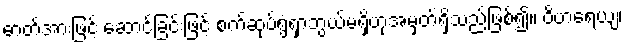
ဓာတ်အားဖြင့် ဆောင်ခြင်းဖြင့် စက်ဆုပ်ရွံရှာဘွယ်မရှိဟုအမှတ်ရှိသည်ဖြစ်၍။ ဝိဟရေယျ၊